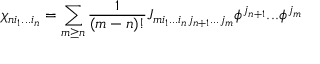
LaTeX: \chi _ { n i _ { 1 } . . . i _ { n } } = \sum _ { m \ge n } { \frac { 1 } { ( m - n ) ! } } J _ { m i _ { 1 } . . . i _ { n } j _ { n + 1 } . . . j _ { m } } \phi ^ { j _ { n + 1 } } . . . \phi ^ { j _ { m } }